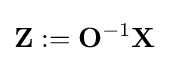
\mathbf {Z} :=\mathbf {O} ^{-1}\mathbf {X}